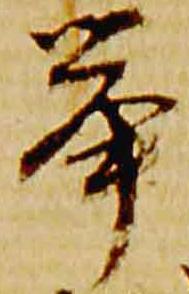
挙